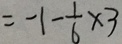
= - 1 - \frac { 1 } { 6 } \times 3